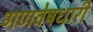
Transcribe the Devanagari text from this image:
गणवेषधारी